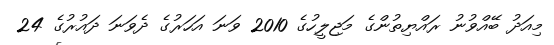
މިއަދު ބޭއްވުނު ރައްޔިތުންގެ މަޖިލީހުގެ 2010 ވަނަ އަހަރުގެ ދެވަނަ ދައުރުގެ 24